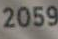
2059